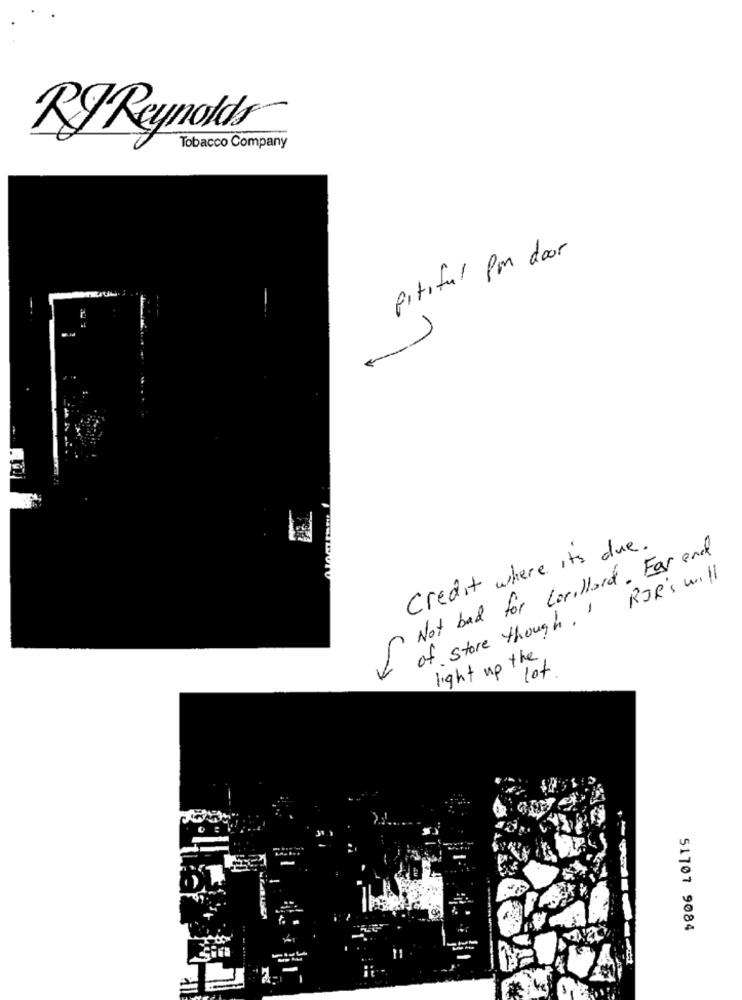
RJ Reynolds
Tobacco Company
pitiful pm door
R
Credit where it's due .
Not bad for Lorillard . Far and
of store though, ' ROR's will
light up the
lot
51707 9084